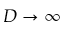
D \to \infty